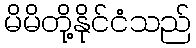
မိမိတို့နိုင်ငံသည်